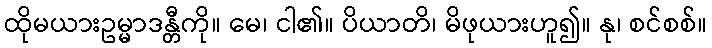
ထိုမယားဥမ္မာဒန္တီကို။ မေ၊ ငါ၏။ ပိယာတိ၊ မိဖုယားဟူ၍။ နု၊ စင်စစ်။